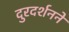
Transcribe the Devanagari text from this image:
दुरदर्शनने